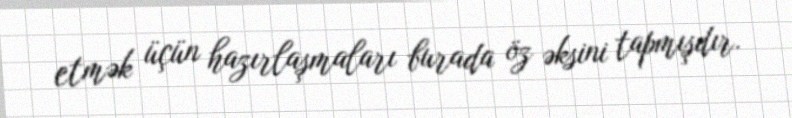
etmək üçün hazırlaşmaları burada öz əksini tapmışdır.